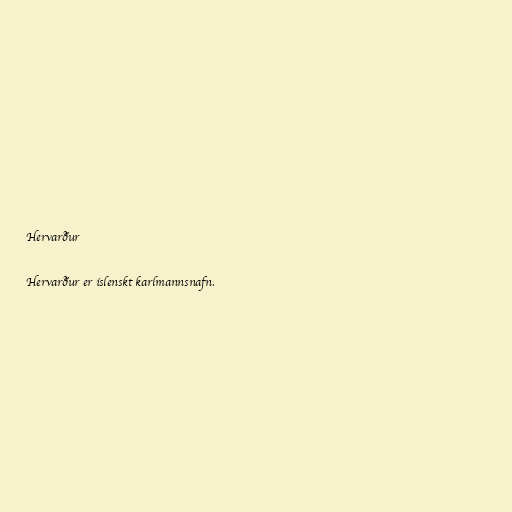
Hervarður

Hervarður er íslenskt karlmannsnafn.